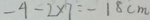
- 4 - 2 \times 7 = - 1 8 c m